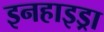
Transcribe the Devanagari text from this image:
इनहाइड्रा